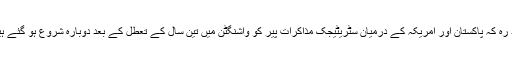
یاد رہ کہ پاکستان اور امریکہ کے درمیان سٹریٹیجک مذاکرات پیر کو واشنگٹن میں تین سال کے تعطل کے بعد دوبارہ شروع ہو گئے ہیں۔